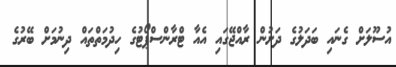
އުސޫލަށް ގެނައި ބަދަލުގެ ދަށުން ރާއްޖޭގައި އެއާ ޓްރާންސްޕޯޓުގެ ހިދުމަތްތައް ދިނުމަށް ބޭރުގެ